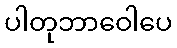
ပါတုဘာဝေါပေ